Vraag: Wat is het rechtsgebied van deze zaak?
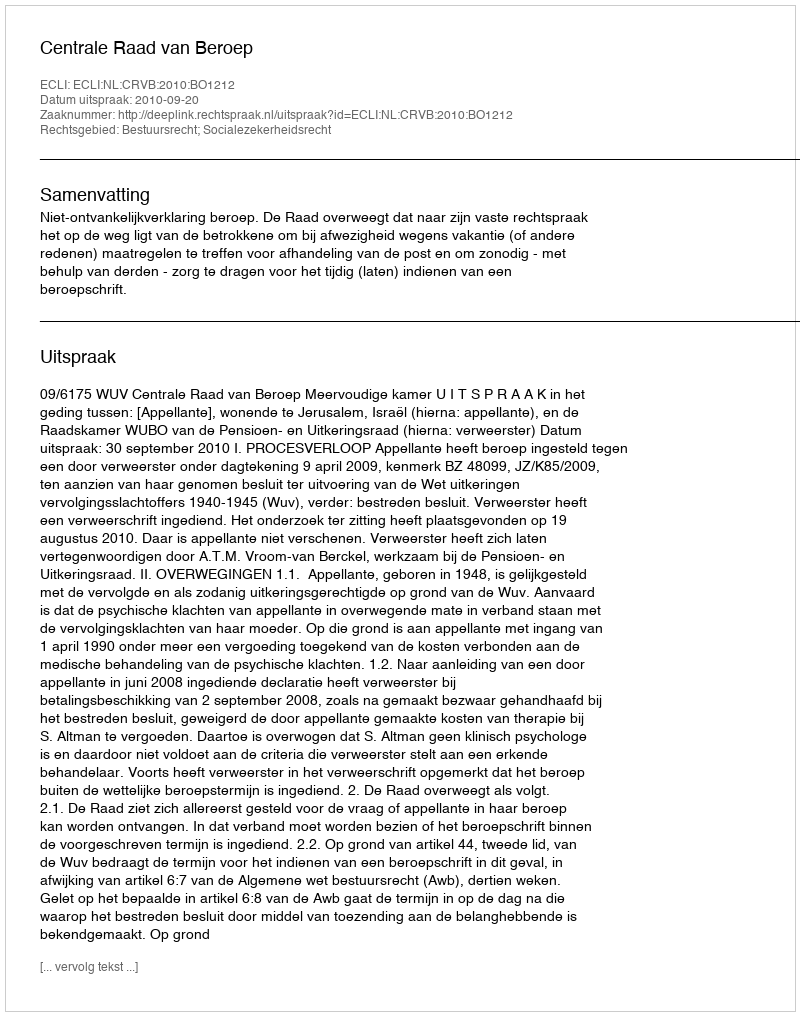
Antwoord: Bestuursrecht; Socialezekerheidsrecht